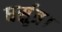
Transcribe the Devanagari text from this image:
घर्सुत्र।